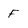
Character: F